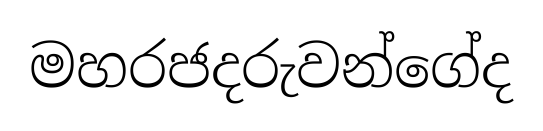
මහරජදරුවන්ගේද